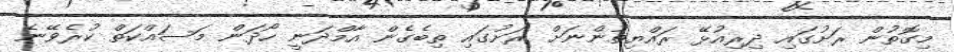
މިގޮތުން ރަށުގައި ދިރިއުޅޭ ރައްޔިތުންނަށް ރަށުގައި ތިބެގެން އާމްދަނީ ހޯދަން މަސައްކަތް ކުރެވޭނެ